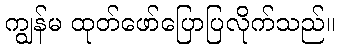
ကျွန်မ ထုတ်ဖော်ပြောပြလိုက်သည်။